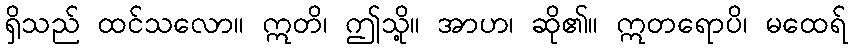
ရှိသည် ထင်သလော။ ဣတိ၊ ဤသို့။ အာဟ၊ ဆို၏။ ဣတရောပိ၊ မထေရ်